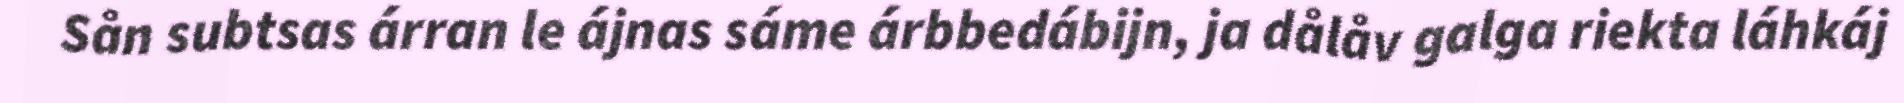
Sån subtsas árran le ájnas sáme árbbedábijn, ja dålåv galga riekta láhkáj